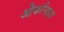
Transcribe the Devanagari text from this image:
ओर्फानइत